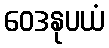
ဝေဒနုပယံ